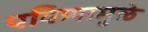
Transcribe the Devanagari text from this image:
पवित्र्यामुळे